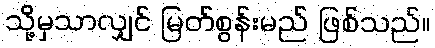
သို့မှသာလျှင် မြတ်စွန်းမည် ဖြစ်သည်။